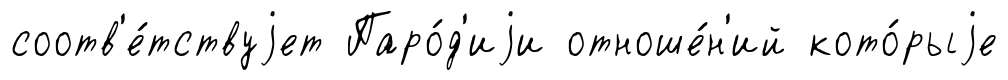
соотв'е́тствуjет Паро́д'иjи отноше́н'ий кото́рыjе